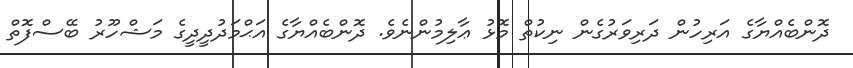
ދޮންބެއްޔާގެ އަރިހުން ދަރިވަރުގެން ނިކުތް މޮޅު ޢާލިމުންނެވެ. ދޮންބެއްޔާގެ އަޙްމަދުދީދީގެ މަޝްހޫރު ބޭސްފޮތް